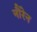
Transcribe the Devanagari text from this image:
नौरेन